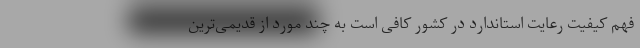
فهم کیفیت رعایت استاندارد در کشور کافی است به چند مورد از قدیمی‌ترین